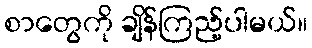
စာတွေကို ချိန်ကြည့်ပါမယ်။